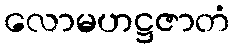
လောမဟဋ္ဌဇာတံ